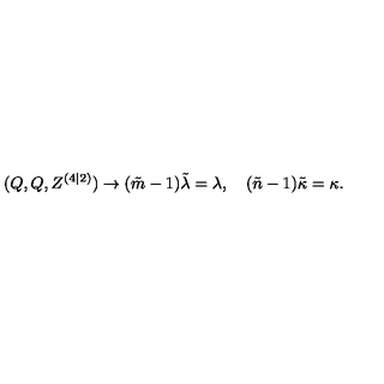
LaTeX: ( Q , Q , Z ^ { ( 4 | 2 ) } ) \rightarrow ( \tilde { m } - 1 ) \tilde { \lambda } = \lambda , \quad ( \tilde { n } - 1 ) \tilde { \kappa } = \kappa .